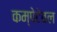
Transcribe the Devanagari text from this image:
कम्पेटेवल